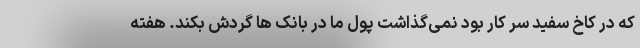
که در کاخ سفید سر کار بود نمی‌گذاشت پول ما در بانک ها گردش بکند. هفته